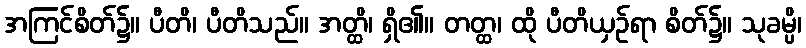
အကြင်စိတ်၌။ ပီတိ၊ ပီတိသည်။ အတ္ထိ၊ ရှိ၏။ တတ္ထ၊ ထို ပီတိယှဉ်ရာ စိတ်၌။ သုခမ္ပိ၊